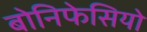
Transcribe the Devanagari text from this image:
बोनिफेसियो